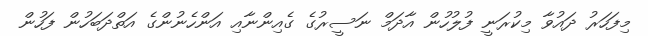
މިފަހަރު ދައުވާ މިކުރަނީ ފުލުހުން އާދަމް ނަސީރުގެ ގެއިންނާއި އަންހެނުންގެ އަތްދަބަހުން ފަހުން